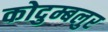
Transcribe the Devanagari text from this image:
कोदुम्बलुर